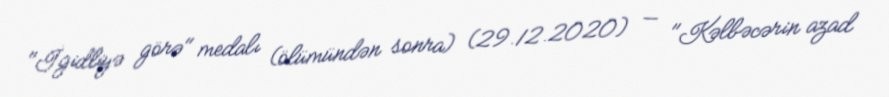
"İgidliyə görə" medalı (ölümündən sonra) (29.12.2020) — "Kəlbəcərin azad